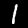
Digit: 1